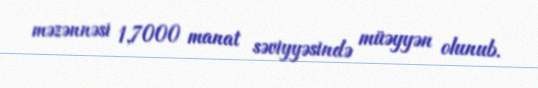
məzənnəsi 1,7000 manat səviyyəsində müəyyən olunub.